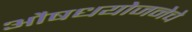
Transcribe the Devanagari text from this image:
औषधयोजनेचे